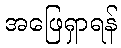
အဖြေရှာရန်